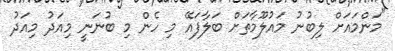
"މަންމައަށް ލިބުނު މައުލޫމާތަށް ބަލާފައޭ މި ހެން މި ބުނަނީ މިއަދު މިއަދު